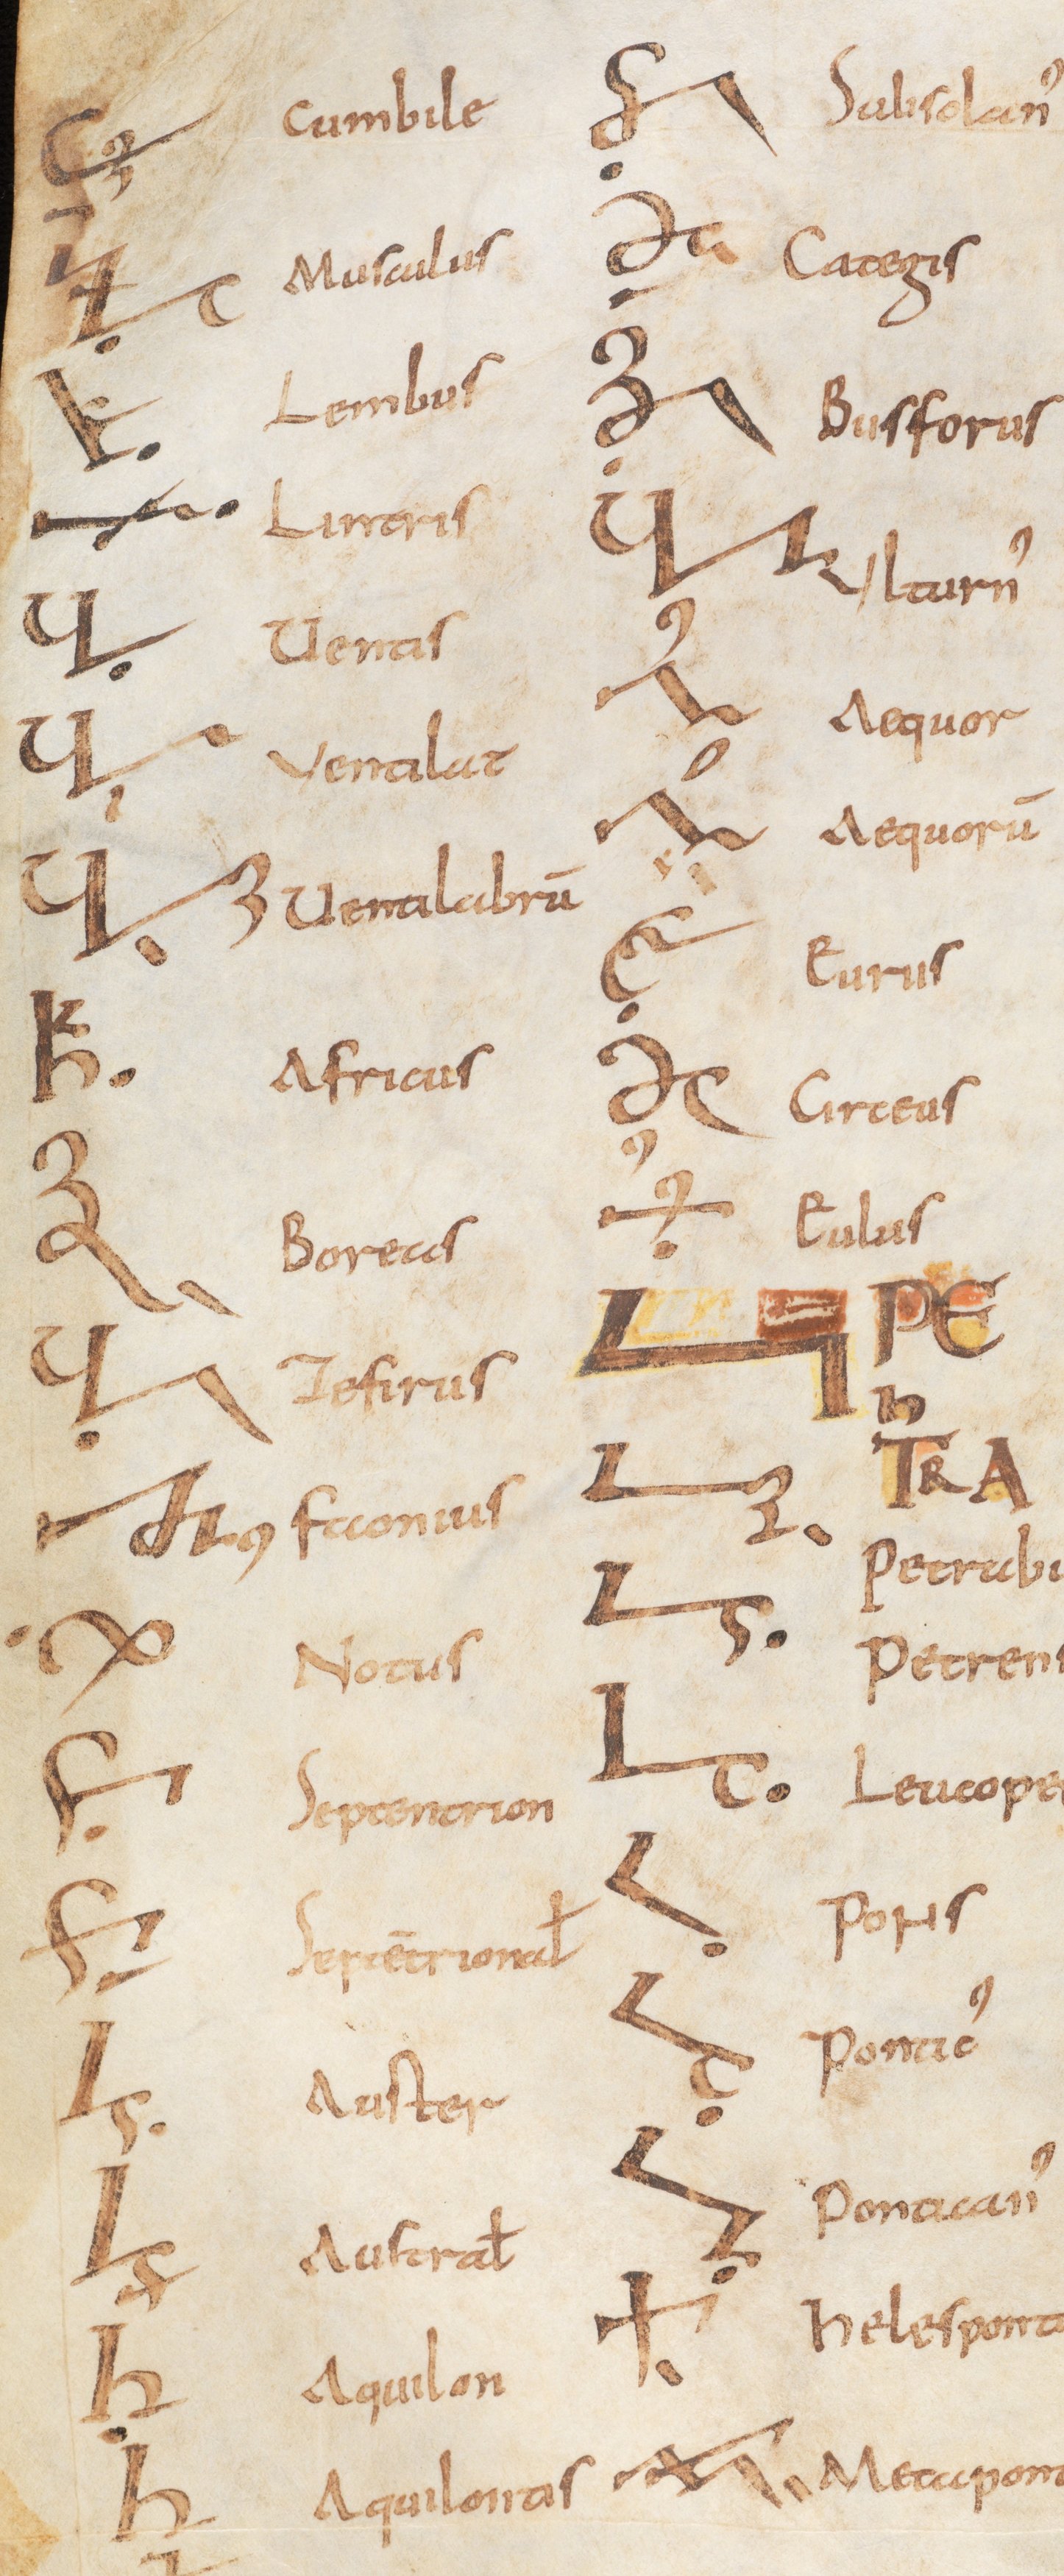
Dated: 800–899